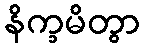
နိက္ခမိတွာ